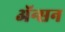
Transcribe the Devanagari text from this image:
ॲन्सन